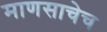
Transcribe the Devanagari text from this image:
माणसाचेच